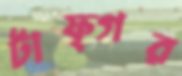
টাফ্গর